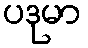
ပဒုမာ